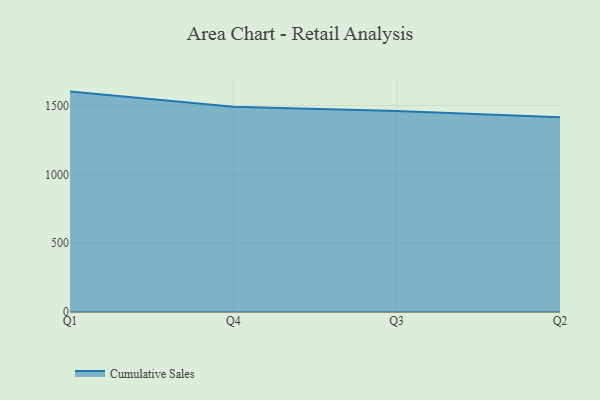
{"axis": {"x": "Quarter", "y": "Net Income (USD K)"}, "legend": ["Cumulative Sales"], "data": [{"x": "Q1", "y": 1600.8, "type": "Cumulative Sales"}, {"x": "Q4", "y": 1491.3, "type": "Cumulative Sales"}, {"x": "Q3", "y": 1460.2, "type": "Cumulative Sales"}, {"x": "Q2", "y": 1414.0, "type": "Cumulative Sales"}]}